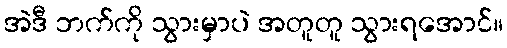
အဲဒီ ဘက်ကို သွားမှာပဲ အတူတူ သွားရအောင်။